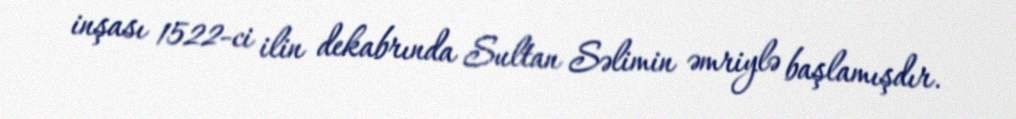
inşası 1522-ci ilin dekabrında Sultan Səlimin əmriylə başlamışdır.